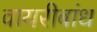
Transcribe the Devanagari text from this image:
वायरीबांध